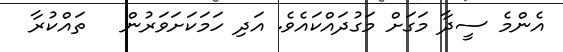
އެންމެ ސީދާ މަގަށް މަގުދައްކައެވެ. އަދި ހަމަކަށަވަރުން   ތައްކުރާ